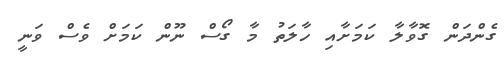
ގެންދަން ގޮވާލާ ކަމަށާއި ހާލަތު މާ ގޯސް ނޫން ކަމަށް ވެސް ވަނީ